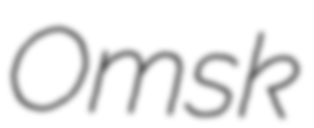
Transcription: Omsk